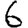
Digit: 6